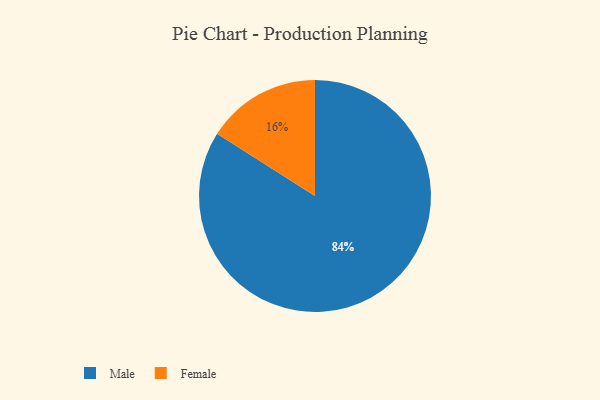
{"axis": {"x": "Category", "y": "Percentage"}, "legend": ["Female", "Male"], "data": [{"x": "Female", "y": 16, "type": "Female"}, {"x": "Male", "y": 84, "type": "Male"}]}